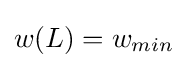
w(L)=w_{min}\,\!